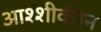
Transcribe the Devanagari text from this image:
आश्शीर्वचन